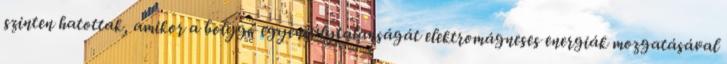
szinten hatottak, amikor a bolygó egyensúlytalanságát elektromágneses energiák mozgatásával